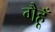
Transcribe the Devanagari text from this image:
गैहूँ